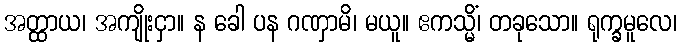
အတ္ထာယ၊ အကျိုးငှာ။ န ခေါ ပန ဂဏှာမိ၊ မယူ။ ဧကသ္မိံ၊ တခုသော။ ရုက္ခမူလေ၊